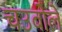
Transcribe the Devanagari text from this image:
चउबोलें